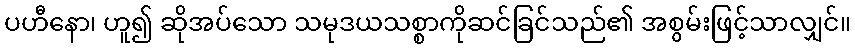
ပဟီနော၊ ဟူ၍ ဆိုအပ်သော သမုဒယသစ္စာကိုဆင်ခြင်သည်၏ အစွမ်းဖြင့်သာလျှင်။